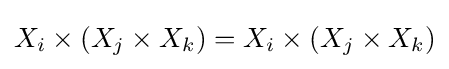
X_{i}\times (X_{j}\times X_{k})=X_{i}\times (X_{j}\times X_{k})